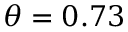
\theta = 0 . 7 3